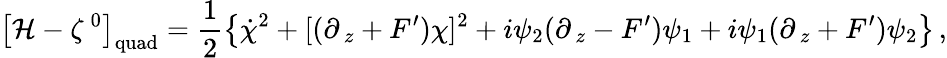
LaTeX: \left[{\cal H}-\zeta^{\, 0}\right]_{\mathrm{quad}}=\frac{1}{2}\left\{ \dot{\chi}^{2}+[(\partial_{\, z}+F^{\prime})\chi]^{2}+i\psi_{2}(\partial_{\, z}-F^{\prime})\psi_{1}+i\psi_{1}(\partial_{\, z}+F^{\prime})\psi_{2}\right\} \, ,